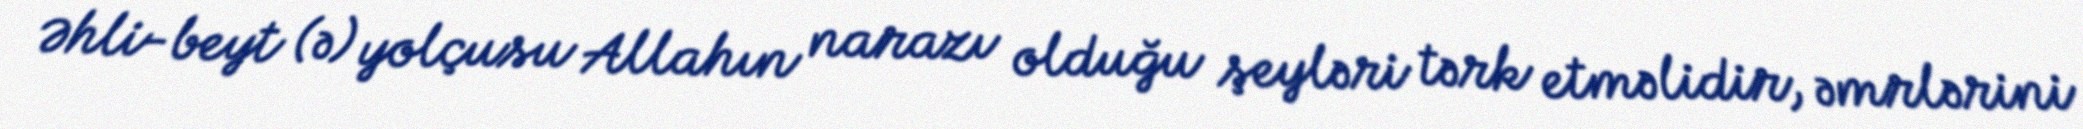
Əhli-beyt (ə) yolçusu Allahın narazı olduğu şeyləri tərk etməlidir, əmrlərini